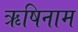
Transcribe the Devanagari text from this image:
ऋषिनाम